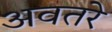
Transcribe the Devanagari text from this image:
अवतरे